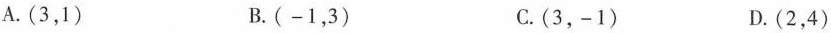
A. (3，1) B. (-1，3) C. (3，-1) D. (2，4)